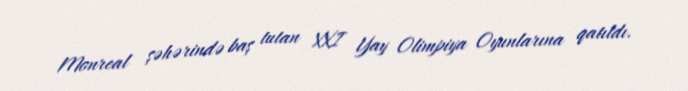
Monreal şəhərində baş tutan XXI Yay Olimpiya Oyunlarına qatıldı.